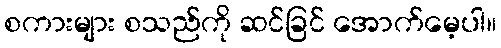
စကားများ စသည်ကို ဆင်ခြင် အောက်မေ့ပါ။